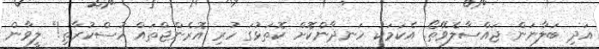
އަދި ބަލާނަން ޖައްސާލެވޭތޯ. އެކަމަކު ހަނދާންކޮށް ކޮތަޅުގަ ހުރި އޮރެންޖްތައް ހުސްކުރާތި!" ލީވާން